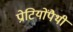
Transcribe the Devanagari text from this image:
प्रोटियोंपैथी